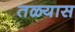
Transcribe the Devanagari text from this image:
तळ्यास